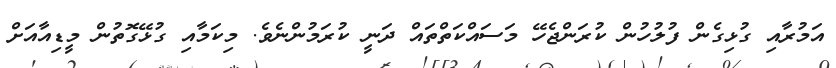
އަމުރާއި ގުޅިގެން ފުލުހުން ކުރަންޖެހޭ މަސައްކަތްތައް ދަނީ ކުރަމުންނެވެ. މިކަމާއި ގުޅޭގޮތުން މީޑިއާއަށް